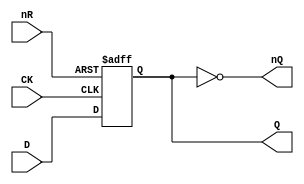
// This program was cloned from: https://github.com/furrtek/Arcade-TMNT_MiSTer
// License: GNU General Public License v2.0

// Fujitsu AV cell
// DFF with RESET
// furrtek 2022

`timescale 1ns/100ps

module FDO(
	input CK,
	input D,
	input nR,
	output reg Q,
	output nQ
);

always @(posedge CK or negedge nR) begin
	if (!nR)
		Q <= 1'b0;	// tmax = 2.8ns
	else
		Q <= D;		// tmax = 6.0ns
end

assign nQ = ~Q;

endmodule